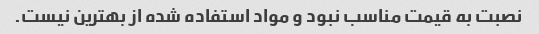
نصبت به قیمت مناسب نبود و مواد استفاده شده از بهترین نیست.